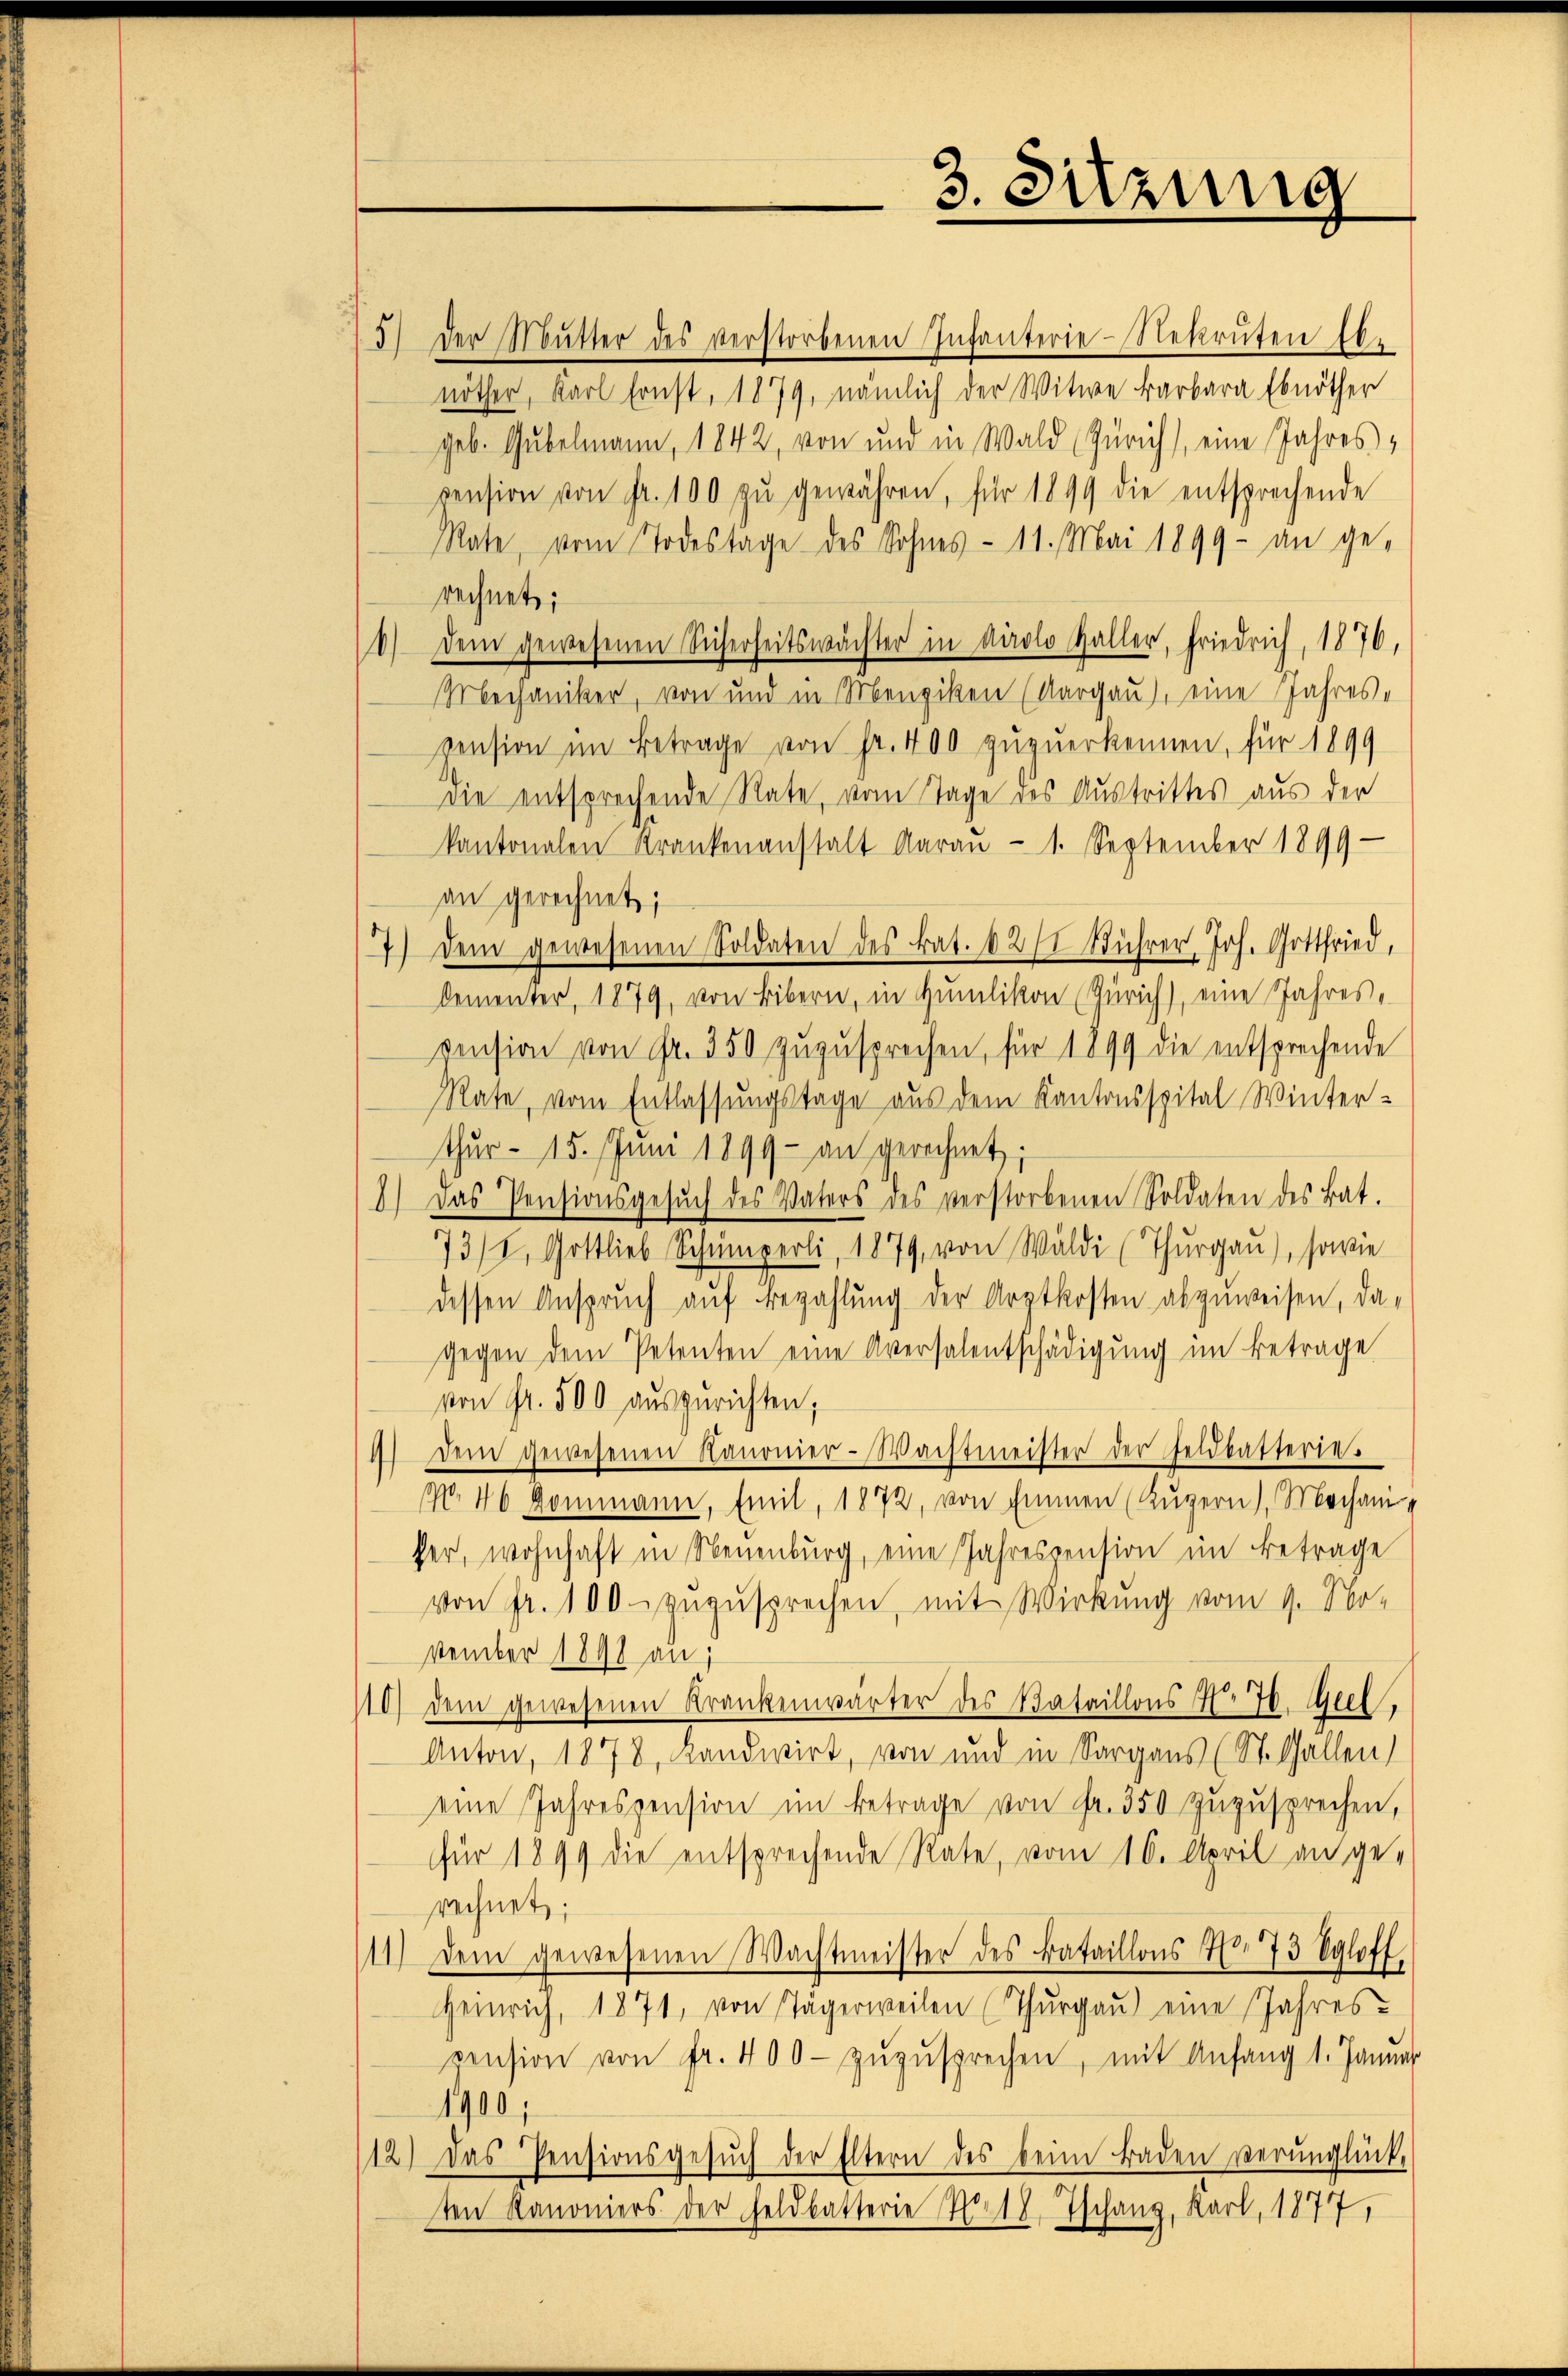
5) der Mŭtter des verstorbenen Infanterie-Rekruten Ebe
nöther, Karl Ernst, 1879, nämlich der Witwe Barbara Ebnöther
geb. Gubelmann, 1842, von und in Wald (Zürich, eine Jahres,
pension von fr. 100 zŭ gewähren, für 1899 die entsprechende
Rate, vom Todestage des Sohnes- 11. Mai 1899 an ge-
rechnet;
6) dem gewesenen Sicherheitswächter in Airolo Galler, Friedrich, 1876,
Mechaniker, von und in Menziken (Aargau), eine Jahrespension im Betrage von Fr. 400 zuzuerkennen, für 1899
die entsprechende Rate, vom Tage des Austrittes aus der
kantonalen Krankenanstalt daraŭ- 1. September 1899
an gerechnet;
7) dem gewesenen Soldaten des kat. 02/1 Führer, Joh. Gottfried,
lementer, 1879, von Bibern, in Humlikon (Zürich), eine Jahres,
pension von Fr. 350 zuzusprechen, für 1899 die entsprechende
Rate, vom Entlassungstage aus dem Kantonsspital Winter-
thŭr- 15. Jŭni 1899 an gerechnet;
8) Das Pensionsgesŭch des Vaters des verstorbenen Soldaten des Bat.
73/I, Gottlieb Schumperli, 1879, von Waldi (Thurgau), sowie
dessen Anspruch auf Bezahlung der Arztkosten abzuweisen, da-
gegen dem Petenten eine Aversalentschädigung im Betrage
von Fr. 500 auszurichten;
4) Dem gewesenen Kanonier-Wachtmeister der Feldkasterie.
No. 46 kommann, Emit, 1872, von Emmen (Luzern), Mechani
her, wohnhaft in Neuenburg, eine Jahrespension im Betrage
von fr. 100. zŭzŭsprechen, mit Wirkung vom 9. No-
vtember 1898 an;
10) dem gewesenen Krankenwärter des Bataillons No 46. Apel,
Anton, 1878, Landwirt, von und in Sargaus (St. Gallen)
eine Jahreszension im Betrage von Fr. 350 zuzusprechen,
für 1899 die entsprechende Rate, vom 16. April an ge-
rechnet;
11) Dem gewesenen Wachtmeister des Bataillons No. 73 Sgloff
Heinrich, 1871, von Tägerweilen (Thŭrgaŭ) eine Jahres-
cension von fr. 400. zŭzŭsprechen, mit Anfang 1. Januar
1900,
12) Das Pensionsgesŭch der Eltern des beim Baden verŭnglück-
ten Kanoniers der Feldbatterie No 17. Tschanz, Karl, 1877,

3. Sitzung